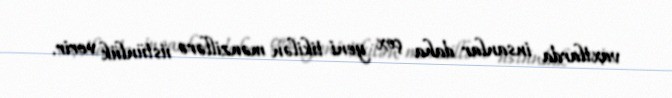
vaxtlarda insanlar daha çox yeni tikilən mənzillərə üstünlük verir.